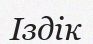
Іздік